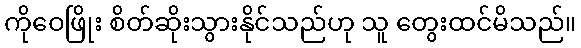
ကိုဝေဖြိုး စိတ်ဆိုးသွားနိုင်သည်ဟု သူ တွေးထင်မိသည်။